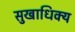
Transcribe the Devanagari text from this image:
सुखाधिक्य